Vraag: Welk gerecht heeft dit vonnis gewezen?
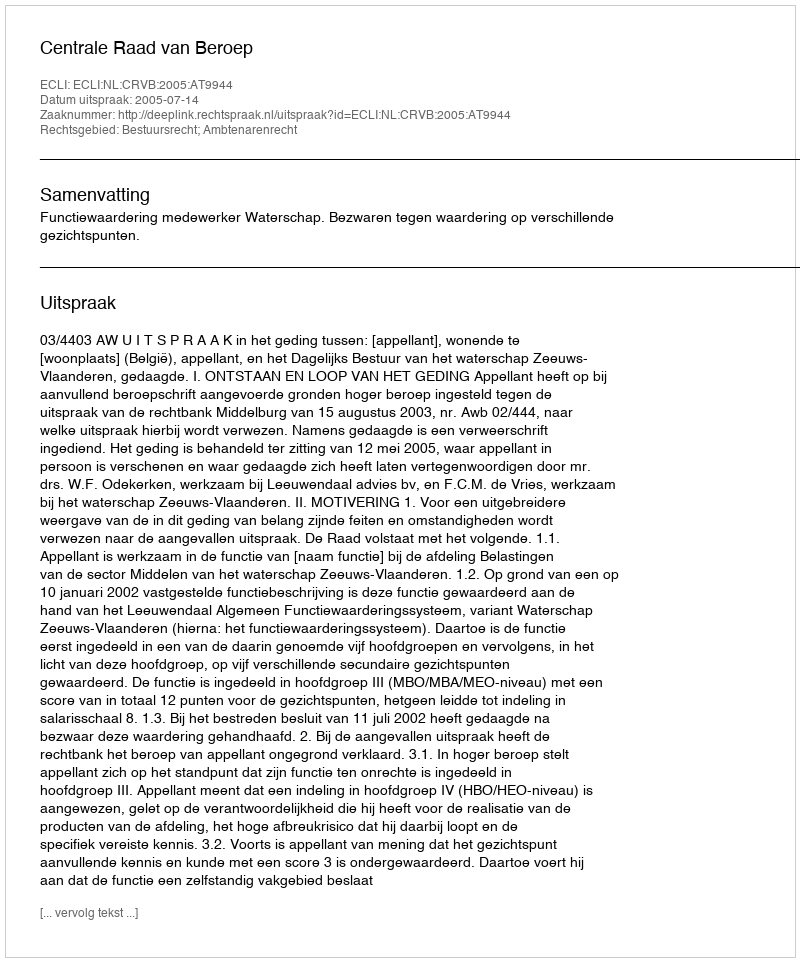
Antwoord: Centrale Raad van Beroep